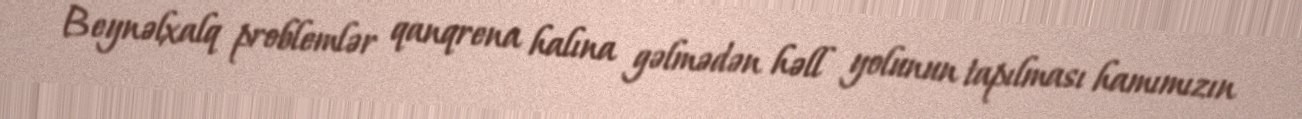
Beynəlxalq problemlər qanqrena halına gəlmədən həll yolunun tapılması hamımızın